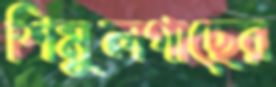
শিমুলগাছের